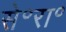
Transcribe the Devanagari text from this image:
से॰रा॰